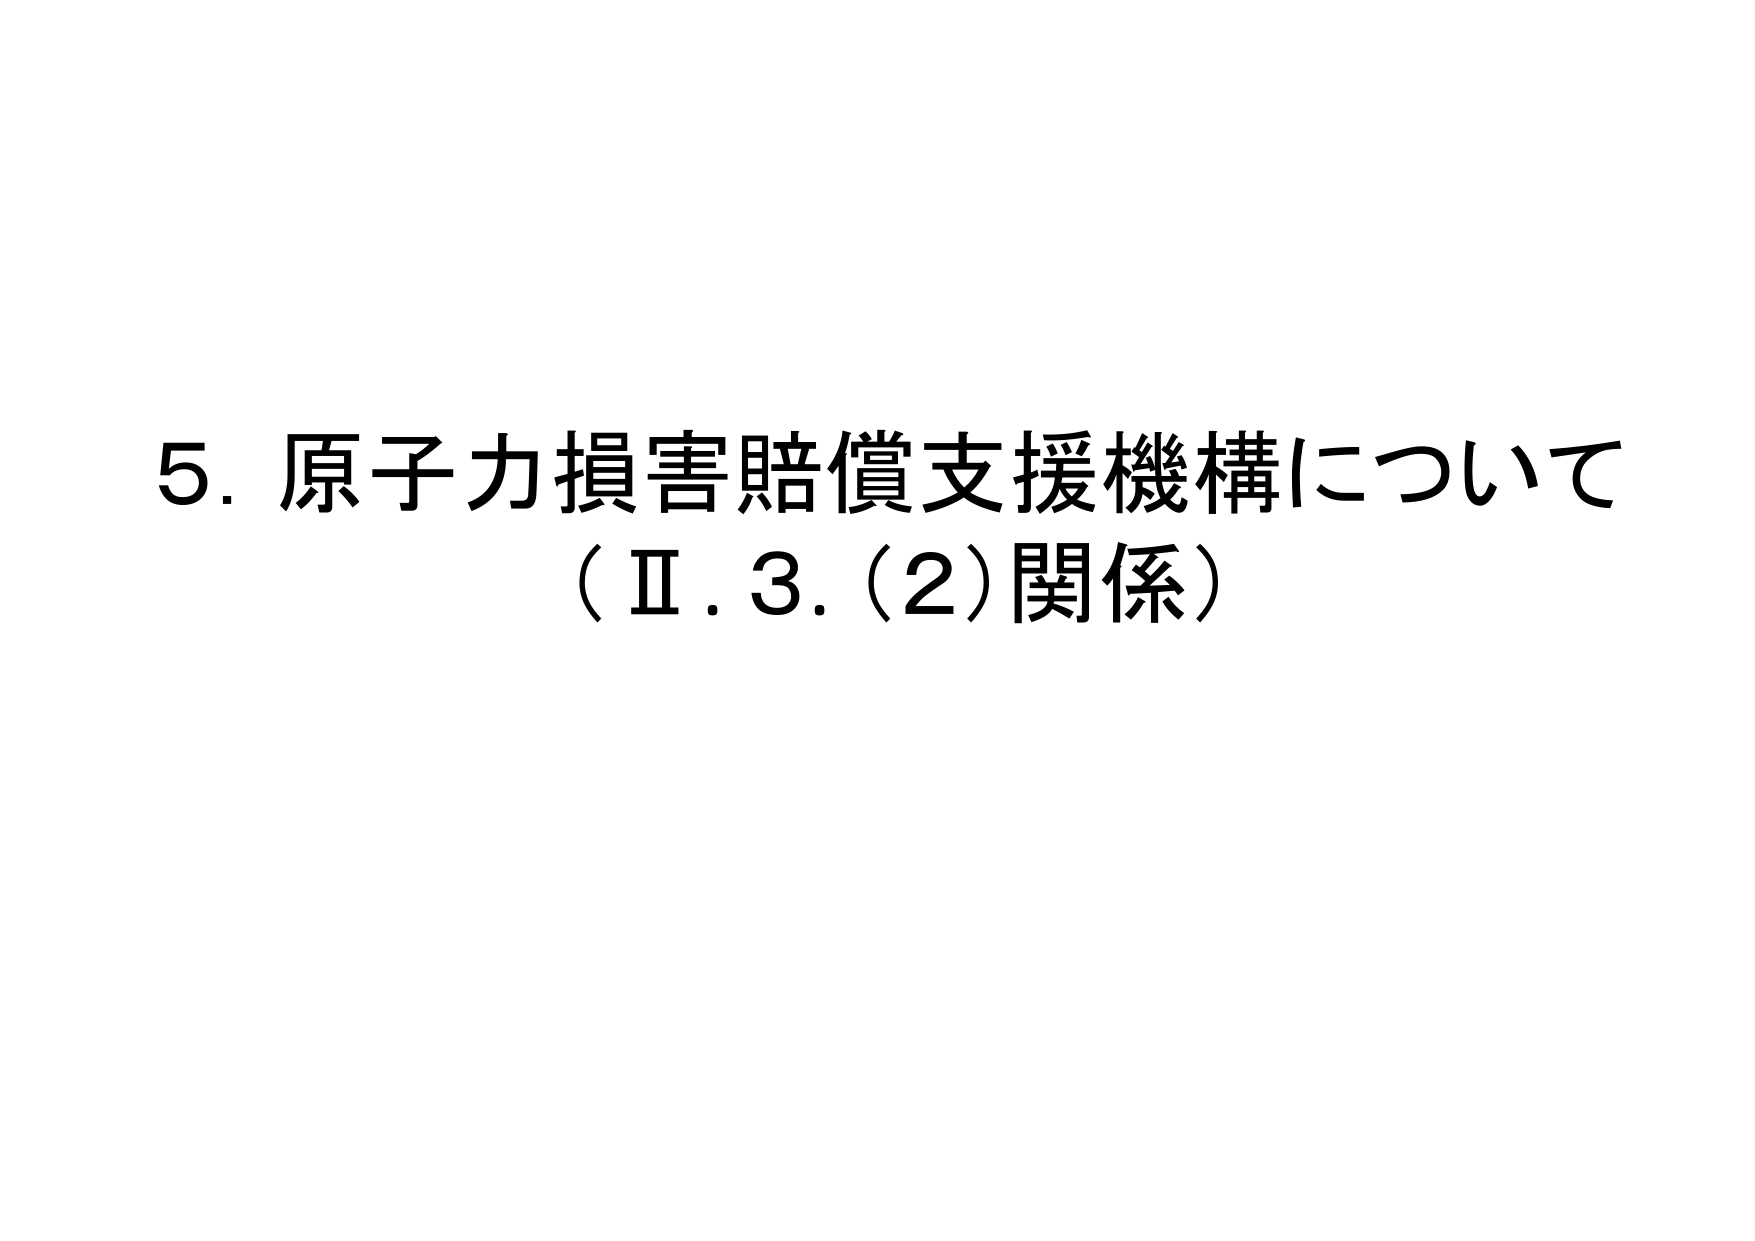
5. 原子力損害賠償支援機構について
（Ⅱ.3.(2)関係）